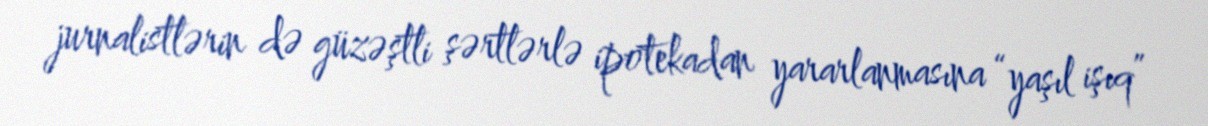
jurnalistlərin də güzəştli şərtlərlə ipotekadan yararlanmasına “yaşıl işıq”